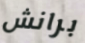
برانش